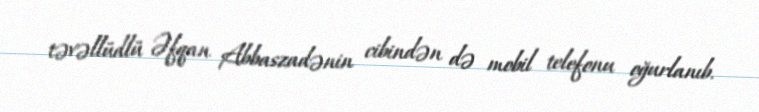
təvəllüdlü Əfqan Abbaszadənin cibindən də mobil telefonu oğurlanıb.